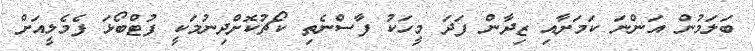
ބަލަމުން އަންނަ ކަމަށާއި ޒިދާން ފަދަ މީހަކު ފާސްނެތި ކޯޗުކޮށްދިނުމަކީ ފުޓްބޯޅަ ފެމެލީއަށް